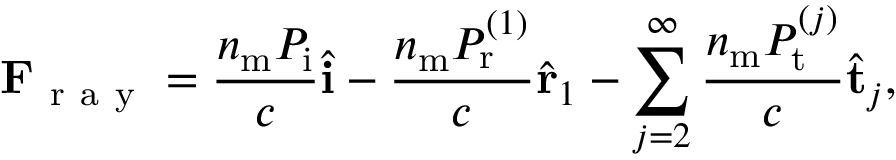
\mathbf { F } _ { \mathrm { ~ r ~ a ~ y ~ } } = \frac { n _ { \mathrm { m } } P _ { \mathrm { i } } } { c } \hat { \mathbf { i } } - \frac { n _ { \mathrm { m } } P _ { \mathrm { r } } ^ { ( 1 ) } } { c } \hat { \mathbf { r } } _ { 1 } - \sum _ { j = 2 } ^ { \infty } \frac { n _ { \mathrm { m } } P _ { \mathrm { t } } ^ { ( j ) } } { c } \hat { \mathbf { t } } _ { j } ,